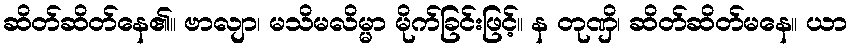
ဆိတ်ဆိတ်နေ၏။ ဗာလျာ၊ မသိမလိမ္မာ မိုက်ခြင်းဖြင့်။ န တုဏှိ၊ ဆိတ်ဆိတ်မနေ။ ယာ